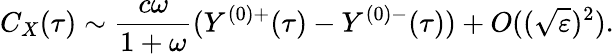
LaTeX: C_{X}(\tau)\sim\frac{c\omega}{1+\omega}(Y^{(0)+}(\tau)-Y^{(0)-}(\tau))+O((\sqrt{\varepsilon})^{2}).